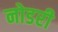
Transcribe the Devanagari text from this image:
नोडरी